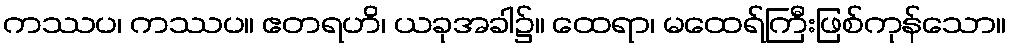
ကဿပ၊ ကဿပ။ ဧတရဟိ၊ ယခုအခါ၌။ ထေရာ၊ မထေရ်ကြီးဖြစ်ကုန်သော။